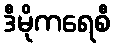
ဒီမိုကရေစီ